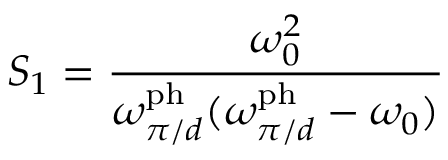
S _ { 1 } = \frac { \omega _ { 0 } ^ { 2 } } { \omega _ { \pi / d } ^ { \mathrm { p h } } ( \omega _ { \pi / d } ^ { \mathrm { p h } } - \omega _ { 0 } ) }